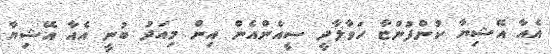
އެއާ އޭޝިޔާ ކުންފުންޏާ ހަވާލާދީ ސީއެންއެން އިން މިއަދު ބުނީ އެއާ އޭޝިޔާ